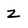
Character: Z